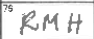
Transcription: RMH